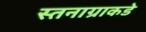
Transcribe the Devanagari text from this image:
स्तनाग्राकडे